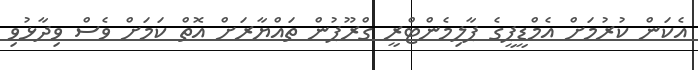
އެކަން ކުރުމަށް އެމްޑީޕީގެ ޕާލިމެންޓްރީ ގްރޫޕުން ތައްޔާރަށް އޮތް ކަމަށް ވެސް ވިދާޅުވި